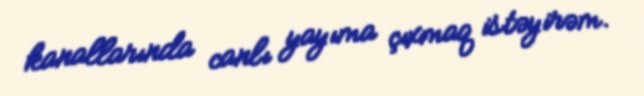
kanallarında canlı yayıma çıxmaq istəyirəm.